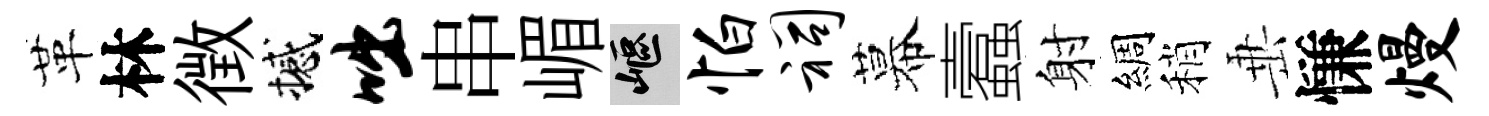
革林徴撼咄串嵋嶇怕祠幕蠧射綢稍𡸁慊熳